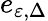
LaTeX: e_{\varepsilon,\Delta}